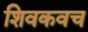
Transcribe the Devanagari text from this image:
शिवकवच